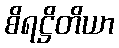
စိရဋ္ဌိတိယာ